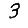
Digit: 3